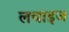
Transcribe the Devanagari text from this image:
लचाइज